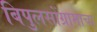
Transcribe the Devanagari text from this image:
बिपुलसोंग्रामाचा